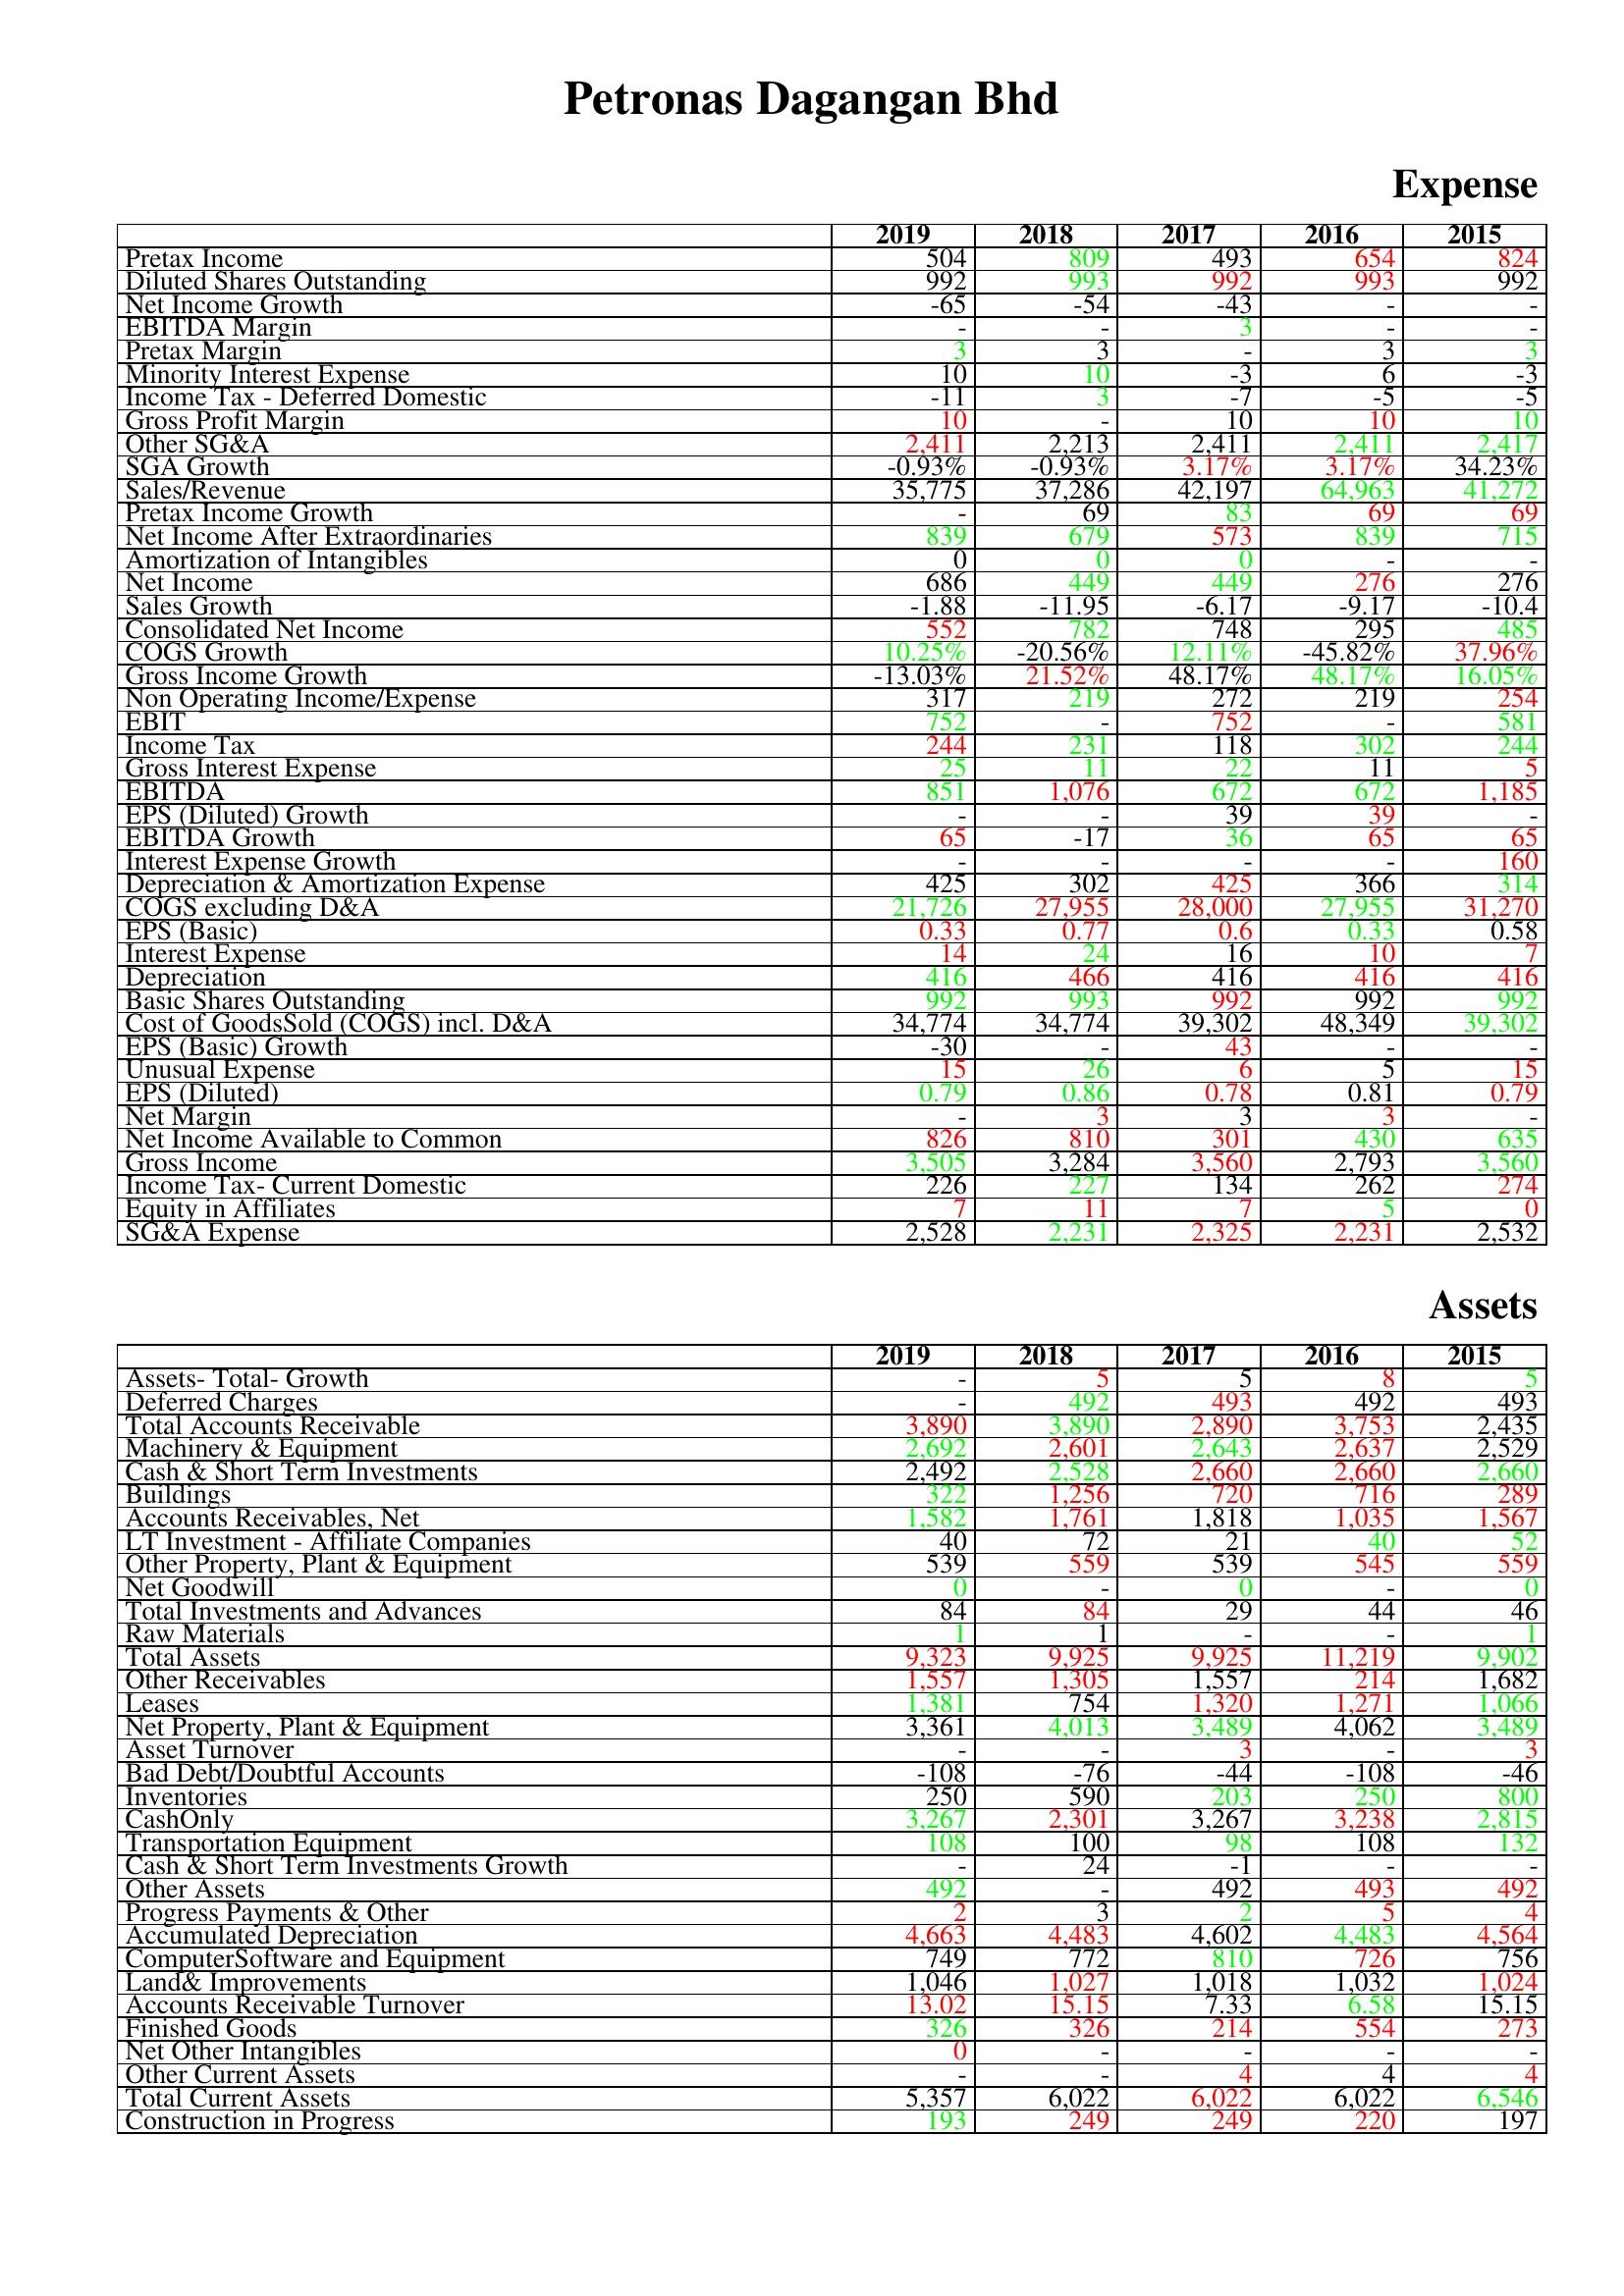
gt_parse: 2019: Expense: Pretax Income: 504
Diluted Shares Outstanding: 992
Net Income Growth: -65
EBITDA Margin: -
Pretax Margin: 3
Minority Interest Expense: 10
Income Tax - Deferred Domestic: -11
Gross Profit Margin: 10
Other SG&A: 2,411
SGA Growth: -0.93%
Sales/Revenue: 35,775
Pretax Income Growth: -
Net Income After Extraordinaries: 839
Amortization of Intangibles: 0
Net Income: 686
Sales Growth: -1.88
Consolidated Net Income: 552
COGS Growth: 10.25%
Gross Income Growth: -13.03%
Non Operating Income/Expense: 317
EBIT: 752
Income Tax: 244
Gross Interest Expense: 25
EBITDA: 851
EPS (Diluted) Growth: -
EBITDA Growth: 65
Interest Expense Growth: -
Depreciation & Amortization Expense: 425
COGS excluding D&A: 21,726
EPS (Basic): 0.33
Interest Expense: 14
Depreciation: 416
Basic Shares Outstanding: 992
Cost of GoodsSold (COGS) incl. D&A: 34,774
EPS (Basic) Growth: -30
Unusual Expense: 15
EPS (Diluted): 0.79
Net Margin: -
Net Income Available to Common: 826
Gross Income: 3,505
Income Tax- Current Domestic: 226
Equity in Affiliates: 7
SG&A Expense: 2,528
Assets: Assets- Total- Growth: -
Deferred Charges: -
Total Accounts Receivable: 3,890
Machinery & Equipment: 2,692
Cash & Short Term Investments: 2,492
Buildings: 322
Accounts Receivables, Net: 1,582
LT Investment - Affiliate Companies: 40
Other Property, Plant & Equipment: 539
Net Goodwill: 0
Total Investments and Advances: 84
Raw Materials: 1
Total Assets: 9,323
Other Receivables: 1,557
Leases: 1,381
Net Property, Plant & Equipment: 3,361
Asset Turnover: -
Bad Debt/Doubtful Accounts: -108
Inventories: 250
CashOnly: 3,267
Transportation Equipment: 108
Cash & Short Term Investments Growth: -
Other Assets: 492
Progress Payments & Other: 2
Accumulated Depreciation: 4,663
ComputerSoftware and Equipment: 749
Land& Improvements: 1,046
Accounts Receivable Turnover: 13.02
Finished Goods: 326
Net Other Intangibles: 0
Other Current Assets: -
Total Current Assets: 5,357
Construction in Progress: 193
2018: Expense: Pretax Income: 809
Diluted Shares Outstanding: 993
Net Income Growth: -54
EBITDA Margin: -
Pretax Margin: 3
Minority Interest Expense: 10
Income Tax - Deferred Domestic: 3
Gross Profit Margin: -
Other SG&A: 2,213
SGA Growth: -0.93%
Sales/Revenue: 37,286
Pretax Income Growth: 69
Net Income After Extraordinaries: 679
Amortization of Intangibles: 0
Net Income: 449
Sales Growth: -11.95
Consolidated Net Income: 782
COGS Growth: -20.56%
Gross Income Growth: 21.52%
Non Operating Income/Expense: 219
EBIT: -
Income Tax: 231
Gross Interest Expense: 11
EBITDA: 1,076
EPS (Diluted) Growth: -
EBITDA Growth: -17
Interest Expense Growth: -
Depreciation & Amortization Expense: 302
COGS excluding D&A: 27,955
EPS (Basic): 0.77
Interest Expense: 24
Depreciation: 466
Basic Shares Outstanding: 993
Cost of GoodsSold (COGS) incl. D&A: 34,774
EPS (Basic) Growth: -
Unusual Expense: 26
EPS (Diluted): 0.86
Net Margin: 3
Net Income Available to Common: 810
Gross Income: 3,284
Income Tax- Current Domestic: 227
Equity in Affiliates: 11
SG&A Expense: 2,231
Assets: Assets- Total- Growth: 5
Deferred Charges: 492
Total Accounts Receivable: 3,890
Machinery & Equipment: 2,601
Cash & Short Term Investments: 2,528
Buildings: 1,256
Accounts Receivables, Net: 1,761
LT Investment - Affiliate Companies: 72
Other Property, Plant & Equipment: 559
Net Goodwill: -
Total Investments and Advances: 84
Raw Materials: 1
Total Assets: 9,925
Other Receivables: 1,305
Leases: 754
Net Property, Plant & Equipment: 4,013
Asset Turnover: -
Bad Debt/Doubtful Accounts: -76
Inventories: 590
CashOnly: 2,301
Transportation Equipment: 100
Cash & Short Term Investments Growth: 24
Other Assets: -
Progress Payments & Other: 3
Accumulated Depreciation: 4,483
ComputerSoftware and Equipment: 772
Land& Improvements: 1,027
Accounts Receivable Turnover: 15.15
Finished Goods: 326
Net Other Intangibles: -
Other Current Assets: -
Total Current Assets: 6,022
Construction in Progress: 249
2017: Expense: Pretax Income: 493
Diluted Shares Outstanding: 992
Net Income Growth: -43
EBITDA Margin: 3
Pretax Margin: -
Minority Interest Expense: -3
Income Tax - Deferred Domestic: -7
Gross Profit Margin: 10
Other SG&A: 2,411
SGA Growth: 3.17%
Sales/Revenue: 42,197
Pretax Income Growth: 83
Net Income After Extraordinaries: 573
Amortization of Intangibles: 0
Net Income: 449
Sales Growth: -6.17
Consolidated Net Income: 748
COGS Growth: 12.11%
Gross Income Growth: 48.17%
Non Operating Income/Expense: 272
EBIT: 752
Income Tax: 118
Gross Interest Expense: 22
EBITDA: 672
EPS (Diluted) Growth: 39
EBITDA Growth: 36
Interest Expense Growth: -
Depreciation & Amortization Expense: 425
COGS excluding D&A: 28,000
EPS (Basic): 0.6
Interest Expense: 16
Depreciation: 416
Basic Shares Outstanding: 992
Cost of GoodsSold (COGS) incl. D&A: 39,302
EPS (Basic) Growth: 43
Unusual Expense: 6
EPS (Diluted): 0.78
Net Margin: 3
Net Income Available to Common: 301
Gross Income: 3,560
Income Tax- Current Domestic: 134
Equity in Affiliates: 7
SG&A Expense: 2,325
Assets: Assets- Total- Growth: 5
Deferred Charges: 493
Total Accounts Receivable: 2,890
Machinery & Equipment: 2,643
Cash & Short Term Investments: 2,660
Buildings: 720
Accounts Receivables, Net: 1,818
LT Investment - Affiliate Companies: 21
Other Property, Plant & Equipment: 539
Net Goodwill: 0
Total Investments and Advances: 29
Raw Materials: -
Total Assets: 9,925
Other Receivables: 1,557
Leases: 1,320
Net Property, Plant & Equipment: 3,489
Asset Turnover: 3
Bad Debt/Doubtful Accounts: -44
Inventories: 203
CashOnly: 3,267
Transportation Equipment: 98
Cash & Short Term Investments Growth: -1
Other Assets: 492
Progress Payments & Other: 2
Accumulated Depreciation: 4,602
ComputerSoftware and Equipment: 810
Land& Improvements: 1,018
Accounts Receivable Turnover: 7.33
Finished Goods: 214
Net Other Intangibles: -
Other Current Assets: 4
Total Current Assets: 6,022
Construction in Progress: 249
2016: Expense: Pretax Income: 654
Diluted Shares Outstanding: 993
Net Income Growth: -
EBITDA Margin: -
Pretax Margin: 3
Minority Interest Expense: 6
Income Tax - Deferred Domestic: -5
Gross Profit Margin: 10
Other SG&A: 2,411
SGA Growth: 3.17%
Sales/Revenue: 64,963
Pretax Income Growth: 69
Net Income After Extraordinaries: 839
Amortization of Intangibles: -
Net Income: 276
Sales Growth: -9.17
Consolidated Net Income: 295
COGS Growth: -45.82%
Gross Income Growth: 48.17%
Non Operating Income/Expense: 219
EBIT: -
Income Tax: 302
Gross Interest Expense: 11
EBITDA: 672
EPS (Diluted) Growth: 39
EBITDA Growth: 65
Interest Expense Growth: -
Depreciation & Amortization Expense: 366
COGS excluding D&A: 27,955
EPS (Basic): 0.33
Interest Expense: 10
Depreciation: 416
Basic Shares Outstanding: 992
Cost of GoodsSold (COGS) incl. D&A: 48,349
EPS (Basic) Growth: -
Unusual Expense: 5
EPS (Diluted): 0.81
Net Margin: 3
Net Income Available to Common: 430
Gross Income: 2,793
Income Tax- Current Domestic: 262
Equity in Affiliates: 5
SG&A Expense: 2,231
Assets: Assets- Total- Growth: 8
Deferred Charges: 492
Total Accounts Receivable: 3,753
Machinery & Equipment: 2,637
Cash & Short Term Investments: 2,660
Buildings: 716
Accounts Receivables, Net: 1,035
LT Investment - Affiliate Companies: 40
Other Property, Plant & Equipment: 545
Net Goodwill: -
Total Investments and Advances: 44
Raw Materials: -
Total Assets: 11,219
Other Receivables: 214
Leases: 1,271
Net Property, Plant & Equipment: 4,062
Asset Turnover: -
Bad Debt/Doubtful Accounts: -108
Inventories: 250
CashOnly: 3,238
Transportation Equipment: 108
Cash & Short Term Investments Growth: -
Other Assets: 493
Progress Payments & Other: 5
Accumulated Depreciation: 4,483
ComputerSoftware and Equipment: 726
Land& Improvements: 1,032
Accounts Receivable Turnover: 6.58
Finished Goods: 554
Net Other Intangibles: -
Other Current Assets: 4
Total Current Assets: 6,022
Construction in Progress: 220
2015: Expense: Pretax Income: 824
Diluted Shares Outstanding: 992
Net Income Growth: -
EBITDA Margin: -
Pretax Margin: 3
Minority Interest Expense: -3
Income Tax - Deferred Domestic: -5
Gross Profit Margin: 10
Other SG&A: 2,417
SGA Growth: 34.23%
Sales/Revenue: 41,272
Pretax Income Growth: 69
Net Income After Extraordinaries: 715
Amortization of Intangibles: -
Net Income: 276
Sales Growth: -10.4
Consolidated Net Income: 485
COGS Growth: 37.96%
Gross Income Growth: 16.05%
Non Operating Income/Expense: 254
EBIT: 581
Income Tax: 244
Gross Interest Expense: 5
EBITDA: 1,185
EPS (Diluted) Growth: -
EBITDA Growth: 65
Interest Expense Growth: 160
Depreciation & Amortization Expense: 314
COGS excluding D&A: 31,270
EPS (Basic): 0.58
Interest Expense: 7
Depreciation: 416
Basic Shares Outstanding: 992
Cost of GoodsSold (COGS) incl. D&A: 39,302
EPS (Basic) Growth: -
Unusual Expense: 15
EPS (Diluted): 0.79
Net Margin: -
Net Income Available to Common: 635
Gross Income: 3,560
Income Tax- Current Domestic: 274
Equity in Affiliates: 0
SG&A Expense: 2,532
Assets: Assets- Total- Growth: 5
Deferred Charges: 493
Total Accounts Receivable: 2,435
Machinery & Equipment: 2,529
Cash & Short Term Investments: 2,660
Buildings: 289
Accounts Receivables, Net: 1,567
LT Investment - Affiliate Companies: 52
Other Property, Plant & Equipment: 559
Net Goodwill: 0
Total Investments and Advances: 46
Raw Materials: 1
Total Assets: 9,902
Other Receivables: 1,682
Leases: 1,066
Net Property, Plant & Equipment: 3,489
Asset Turnover: 3
Bad Debt/Doubtful Accounts: -46
Inventories: 800
CashOnly: 2,815
Transportation Equipment: 132
Cash & Short Term Investments Growth: -
Other Assets: 492
Progress Payments & Other: 4
Accumulated Depreciation: 4,564
ComputerSoftware and Equipment: 756
Land& Improvements: 1,024
Accounts Receivable Turnover: 15.15
Finished Goods: 273
Net Other Intangibles: -
Other Current Assets: 4
Total Current Assets: 6,546
Construction in Progress: 197